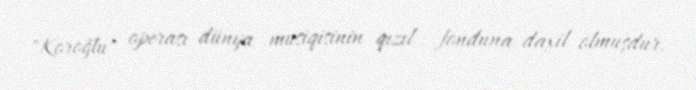
"Koroğlu" operası dünya musiqisinin qızıl fonduna daxil olmuşdur.